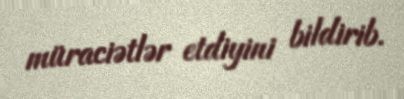
müraciətlər etdiyini bildirib.